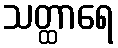
သတ္ထာရေ